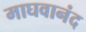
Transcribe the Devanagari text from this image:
माघवानंद